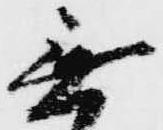
無